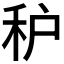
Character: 𱵾